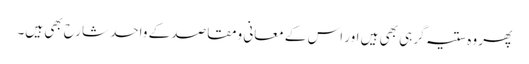
پھر وہ ستیہ گرہی بھی ہیں اور اس کے معانی ومقاصد کے واحد شارح بھی ہیں۔